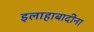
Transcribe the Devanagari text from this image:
इलाहाबादींना